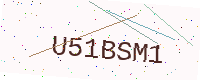
Text: U51BSM1